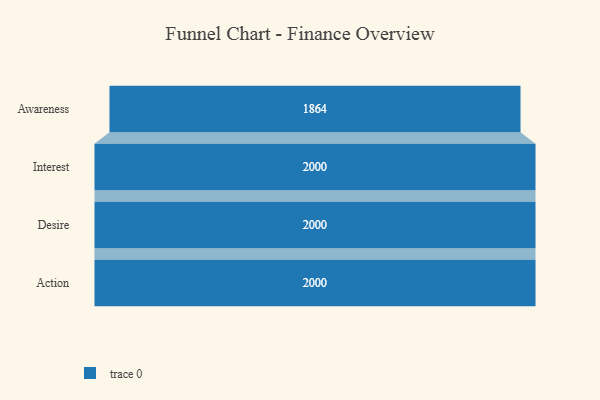
{"axis": {"x": "Stage", "y": "Value"}, "legend": [""], "data": [{"x": "Awareness", "y": 1864.0, "type": ""}, {"x": "Interest", "y": 2000, "type": ""}, {"x": "Desire", "y": 2000, "type": ""}, {"x": "Action", "y": 2000, "type": ""}]}